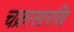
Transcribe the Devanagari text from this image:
चक्रासारखि